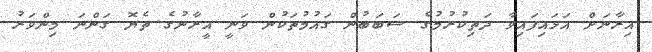
އިރާނަށް އަޅައިފައިވާ ދަތިކުރުމުގެ ސަބަބުން ގައުމުތަކުން ވަނީ އީރާނުގެ ތެޔޮ ގަންނަ މިންވަރު